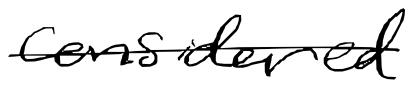
Text: considered
Cross-out: single-line
Writing tool: digital_black